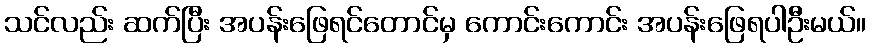
သင်လည်း ဆက်ပြီး အပန်းဖြေရင်တောင်မှ ကောင်းကောင်း အပန်းဖြေရပါဦးမယ်။